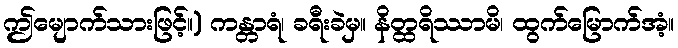
ဤမျောက်သားဖြင့်။) ကန္တာရံ၊ ခရီးခဲမှ။ နိတ္ထရိဿာမိ၊ ထွက်မြောက်အံ့။